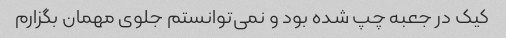
کیک در جعبه چپ شده بود و نمی‌توانستم جلوی مهمان بگزارم